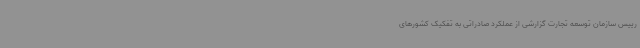
رییس سازمان توسعه تجارت گزارشی از عملکرد صادراتی به تفکیک کشورهای